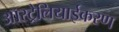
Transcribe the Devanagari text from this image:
ऑस्ट्रेलियाईकरण